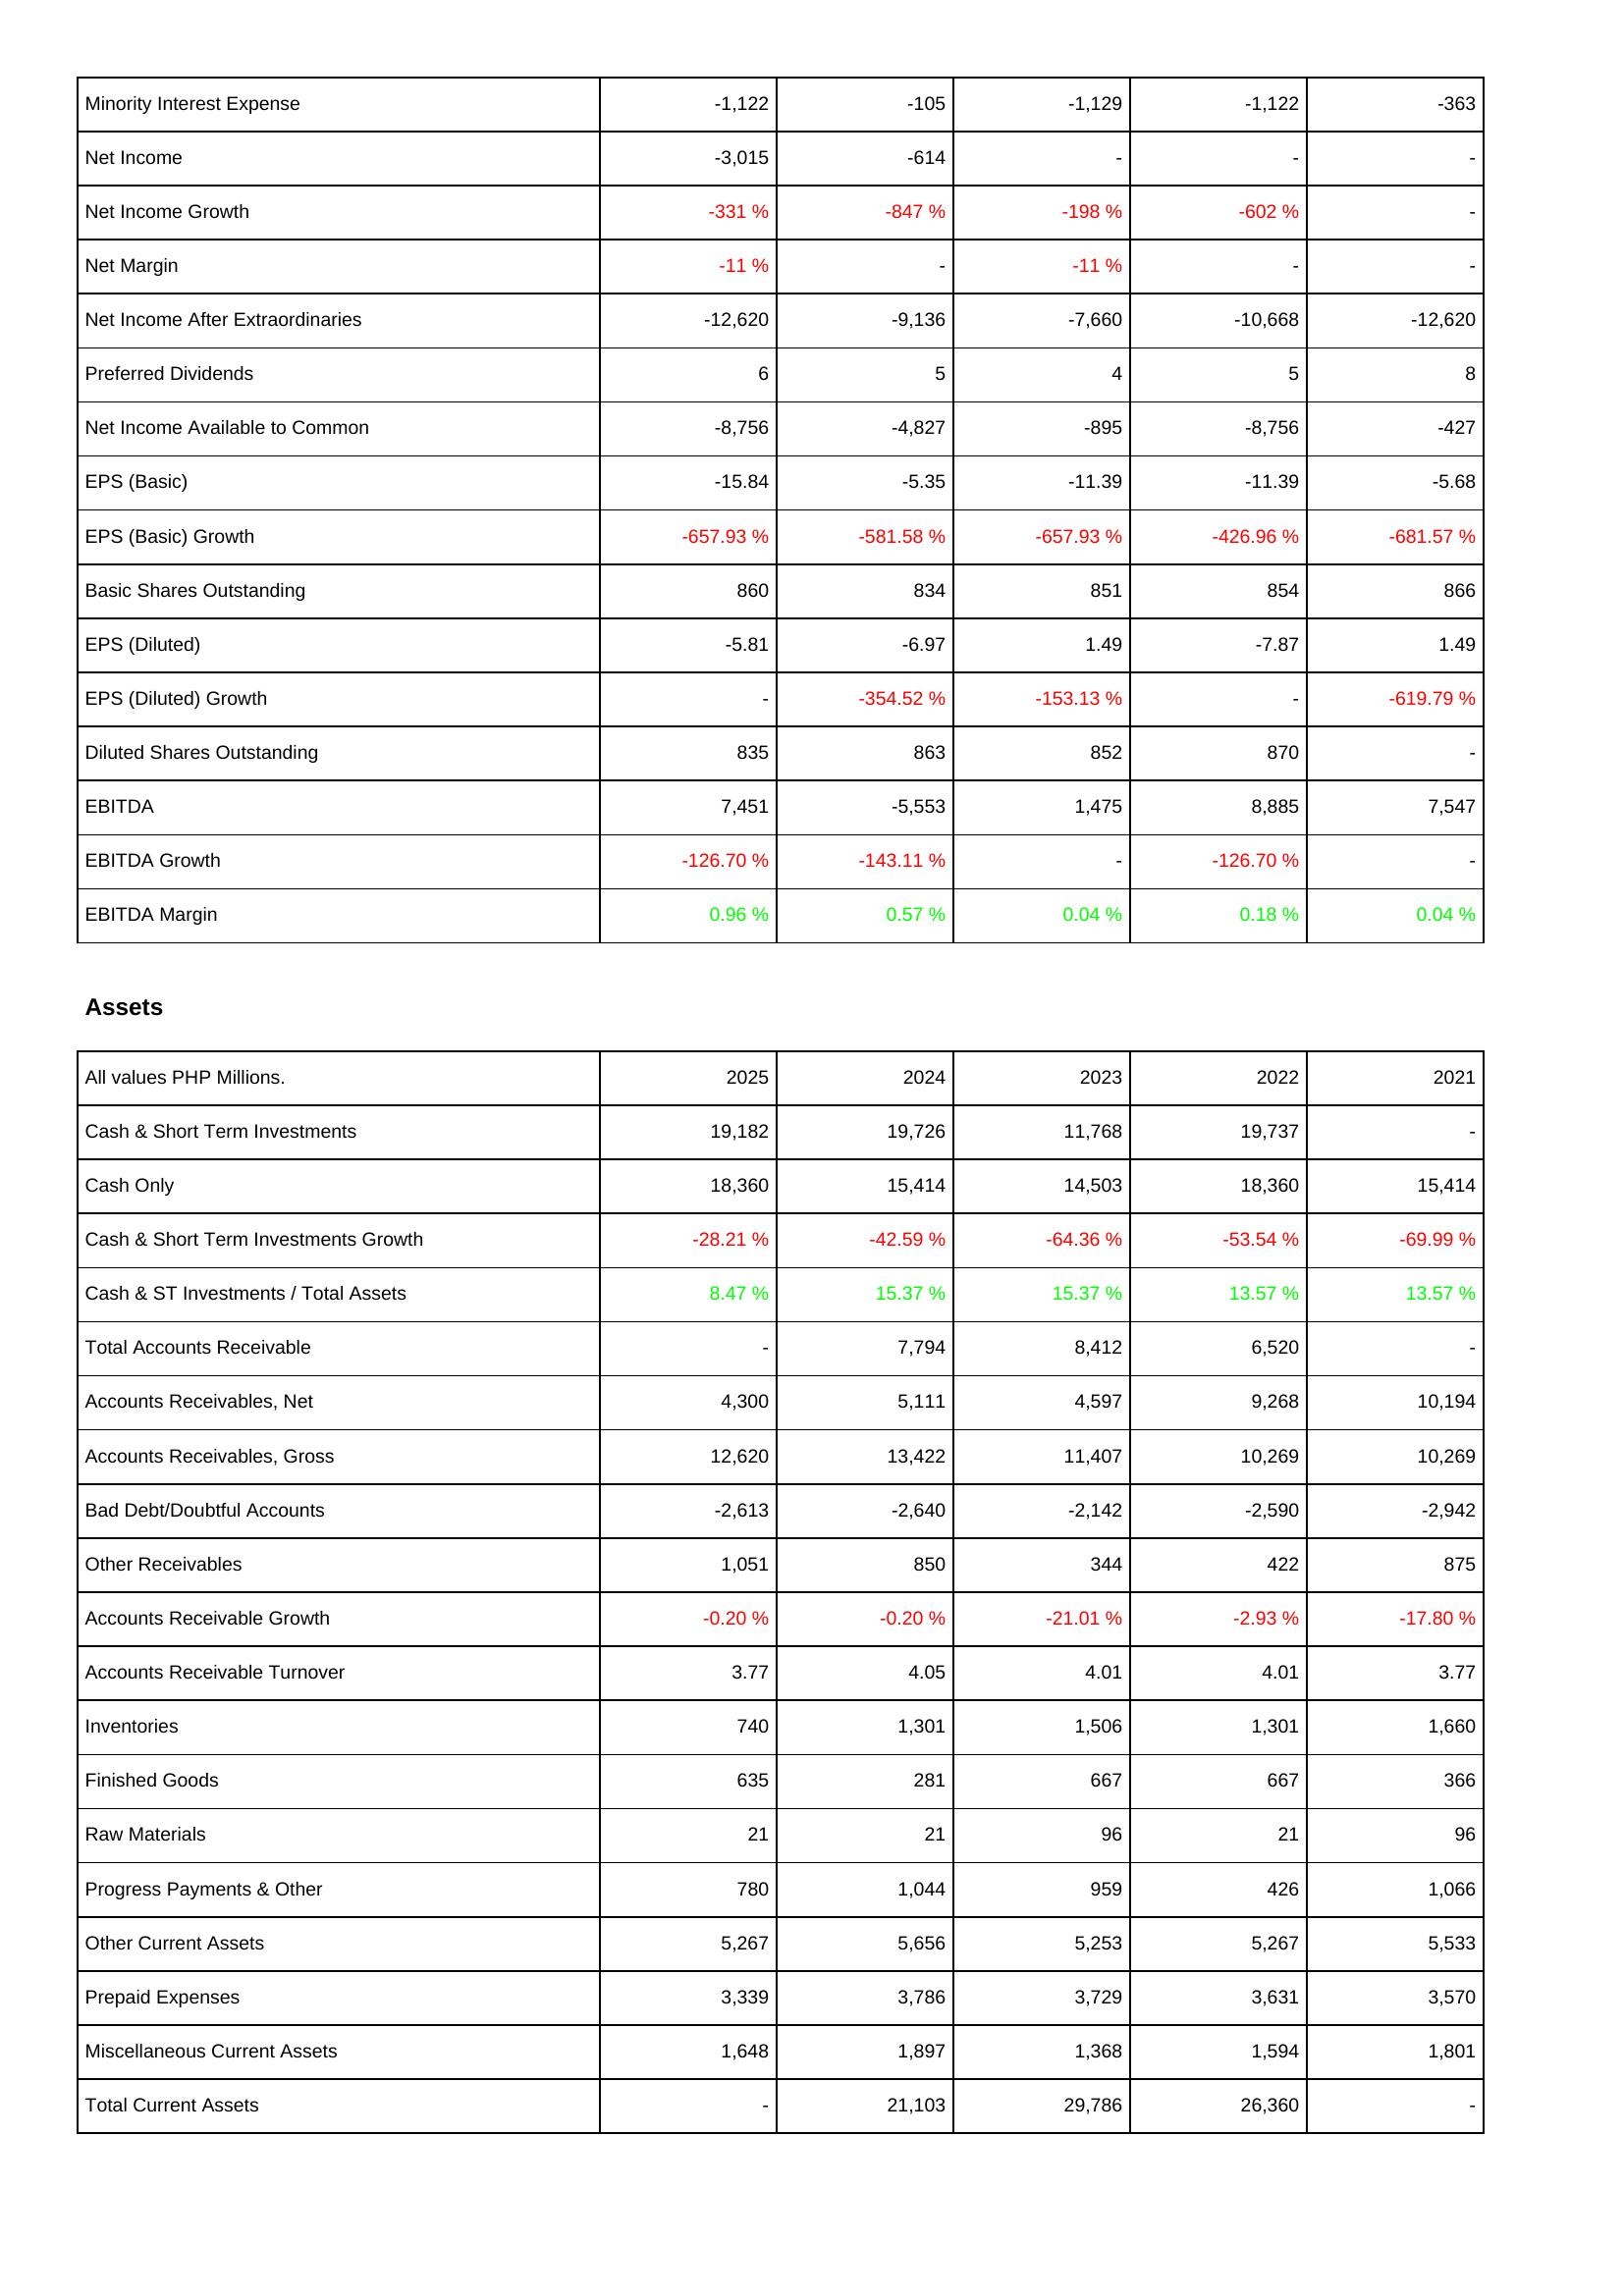
2025: Income Statement: Minority Interest Expense: -1,122
Net Income: -3,015
Net Income Growth: -331 %
Net Margin: -11 %
Net Income After Extraordinaries: -12,620
Preferred Dividends: 6
Net Income Available to Common: -8,756
EPS (Basic): -15.84
EPS (Basic) Growth: -657.93 %
Basic Shares Outstanding: 860
EPS (Diluted): -5.81
EPS (Diluted) Growth: -
Diluted Shares Outstanding: 835
EBITDA: 7,451
EBITDA Growth: -126.70 %
EBITDA Margin: 0.96 %
Assets: Cash & Short Term Investments: 19,182
Cash Only: 18,360
Cash & Short Term Investments Growth: -28.21 %
Cash & ST Investments / Total Assets: 8.47 %
Total Accounts Receivable: -
Accounts Receivables, Net: 4,300
Accounts Receivables, Gross: 12,620
Bad Debt/Doubtful Accounts: -2,613
Other Receivables: 1,051
Accounts Receivable Growth: -0.20 %
Accounts Receivable Turnover: 3.77
Inventories: 740
Finished Goods: 635
Raw Materials: 21
Progress Payments & Other: 780
Other Current Assets: 5,267
Prepaid Expenses: 3,339
Miscellaneous Current Assets: 1,648
Total Current Assets: -
2024: Income Statement: Minority Interest Expense: -105
Net Income: -614
Net Income Growth: -847 %
Net Margin: -
Net Income After Extraordinaries: -9,136
Preferred Dividends: 5
Net Income Available to Common: -4,827
EPS (Basic): -5.35
EPS (Basic) Growth: -581.58 %
Basic Shares Outstanding: 834
EPS (Diluted): -6.97
EPS (Diluted) Growth: -354.52 %
Diluted Shares Outstanding: 863
EBITDA: -5,553
EBITDA Growth: -143.11 %
EBITDA Margin: 0.57 %
Assets: Cash & Short Term Investments: 19,726
Cash Only: 15,414
Cash & Short Term Investments Growth: -42.59 %
Cash & ST Investments / Total Assets: 15.37 %
Total Accounts Receivable: 7,794
Accounts Receivables, Net: 5,111
Accounts Receivables, Gross: 13,422
Bad Debt/Doubtful Accounts: -2,640
Other Receivables: 850
Accounts Receivable Growth: -0.20 %
Accounts Receivable Turnover: 4.05
Inventories: 1,301
Finished Goods: 281
Raw Materials: 21
Progress Payments & Other: 1,044
Other Current Assets: 5,656
Prepaid Expenses: 3,786
Miscellaneous Current Assets: 1,897
Total Current Assets: 21,103
2023: Income Statement: Minority Interest Expense: -1,129
Net Income: -
Net Income Growth: -198 %
Net Margin: -11 %
Net Income After Extraordinaries: -7,660
Preferred Dividends: 4
Net Income Available to Common: -895
EPS (Basic): -11.39
EPS (Basic) Growth: -657.93 %
Basic Shares Outstanding: 851
EPS (Diluted): 1.49
EPS (Diluted) Growth: -153.13 %
Diluted Shares Outstanding: 852
EBITDA: 1,475
EBITDA Growth: -
EBITDA Margin: 0.04 %
Assets: Cash & Short Term Investments: 11,768
Cash Only: 14,503
Cash & Short Term Investments Growth: -64.36 %
Cash & ST Investments / Total Assets: 15.37 %
Total Accounts Receivable: 8,412
Accounts Receivables, Net: 4,597
Accounts Receivables, Gross: 11,407
Bad Debt/Doubtful Accounts: -2,142
Other Receivables: 344
Accounts Receivable Growth: -21.01 %
Accounts Receivable Turnover: 4.01
Inventories: 1,506
Finished Goods: 667
Raw Materials: 96
Progress Payments & Other: 959
Other Current Assets: 5,253
Prepaid Expenses: 3,729
Miscellaneous Current Assets: 1,368
Total Current Assets: 29,786
2022: Income Statement: Minority Interest Expense: -1,122
Net Income: -
Net Income Growth: -602 %
Net Margin: -
Net Income After Extraordinaries: -10,668
Preferred Dividends: 5
Net Income Available to Common: -8,756
EPS (Basic): -11.39
EPS (Basic) Growth: -426.96 %
Basic Shares Outstanding: 854
EPS (Diluted): -7.87
EPS (Diluted) Growth: -
Diluted Shares Outstanding: 870
EBITDA: 8,885
EBITDA Growth: -126.70 %
EBITDA Margin: 0.18 %
Assets: Cash & Short Term Investments: 19,737
Cash Only: 18,360
Cash & Short Term Investments Growth: -53.54 %
Cash & ST Investments / Total Assets: 13.57 %
Total Accounts Receivable: 6,520
Accounts Receivables, Net: 9,268
Accounts Receivables, Gross: 10,269
Bad Debt/Doubtful Accounts: -2,590
Other Receivables: 422
Accounts Receivable Growth: -2.93 %
Accounts Receivable Turnover: 4.01
Inventories: 1,301
Finished Goods: 667
Raw Materials: 21
Progress Payments & Other: 426
Other Current Assets: 5,267
Prepaid Expenses: 3,631
Miscellaneous Current Assets: 1,594
Total Current Assets: 26,360
2021: Income Statement: Minority Interest Expense: -363
Net Income: -
Net Income Growth: -
Net Margin: -
Net Income After Extraordinaries: -12,620
Preferred Dividends: 8
Net Income Available to Common: -427
EPS (Basic): -5.68
EPS (Basic) Growth: -681.57 %
Basic Shares Outstanding: 866
EPS (Diluted): 1.49
EPS (Diluted) Growth: -619.79 %
Diluted Shares Outstanding: -
EBITDA: 7,547
EBITDA Growth: -
EBITDA Margin: 0.04 %
Assets: Cash & Short Term Investments: -
Cash Only: 15,414
Cash & Short Term Investments Growth: -69.99 %
Cash & ST Investments / Total Assets: 13.57 %
Total Accounts Receivable: -
Accounts Receivables, Net: 10,194
Accounts Receivables, Gross: 10,269
Bad Debt/Doubtful Accounts: -2,942
Other Receivables: 875
Accounts Receivable Growth: -17.80 %
Accounts Receivable Turnover: 3.77
Inventories: 1,660
Finished Goods: 366
Raw Materials: 96
Progress Payments & Other: 1,066
Other Current Assets: 5,533
Prepaid Expenses: 3,570
Miscellaneous Current Assets: 1,801
Total Current Assets: -